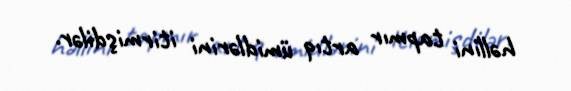
həllini tapmır artıq ümidlərini itirmişdilər.